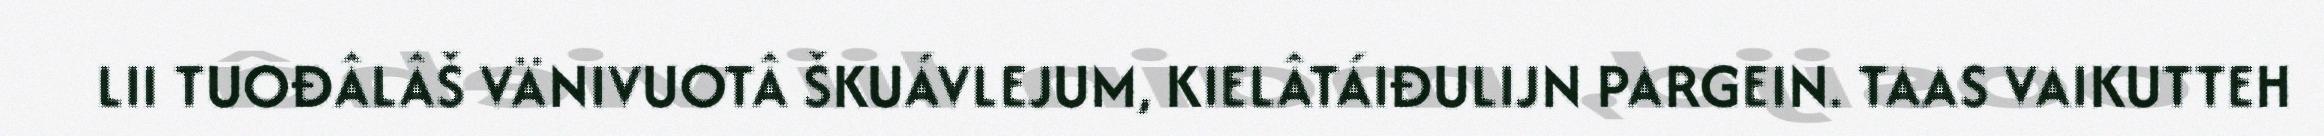
LII TUOĐÂLÂŠ VÄNIVUOTÂ ŠKUÁVLEJUM, KIELÂTÁIĐULIJN PARGEIN. TAAS VAIKUTTEH